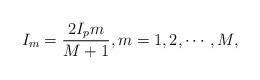
LaTeX: \begin{align*}{I_m}=\frac{2I_pm}{M+1}, m = 1,2,\cdots,M, \end{align*}